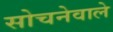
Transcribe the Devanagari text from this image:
सोचनेवाले